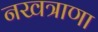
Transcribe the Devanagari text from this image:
नखत्राणा